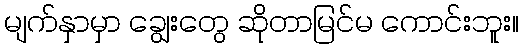
မျက်နှာမှာ ချွေးတွေ ဆိုတာမြင်မ ကောင်းဘူး။